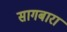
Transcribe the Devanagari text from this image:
सागबारा